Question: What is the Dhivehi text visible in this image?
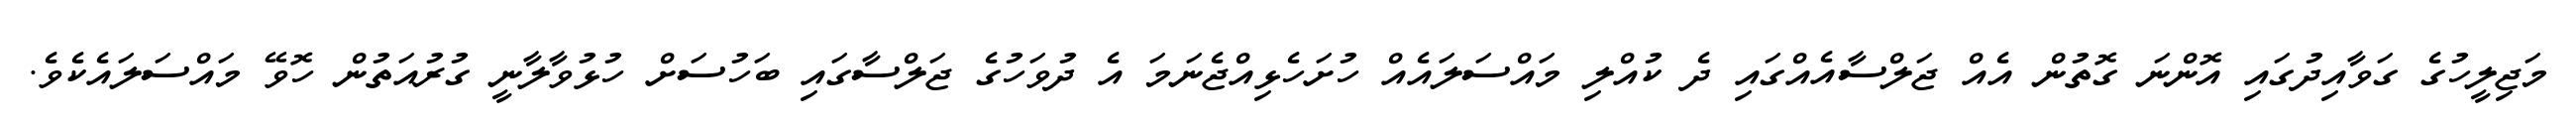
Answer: މަޖިލީހުގެ ގަވާއިދުގައި އޮންނަ ގޮތުން އެއް ޖަލްސާއެއްގައި ދެ ކުއްލި މައްސަލައެއް ހުށަހެޅިއްޖެނަމަ އެ ދުވަހުގެ ޖަލްސާގައި ބަހުސަށް ހުޅުވާލާނީ ގުރުއަތުން ހޮވޭ މައްސަލައެކެވެ.